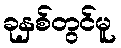
ခုနှစ်တွင်မူ